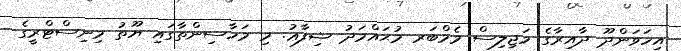
އިހަވަންދޫ ދާއިރާގެ މަޖިލިސް މެމްބަރ މުޙައްމަދު ޝިފާޢު. މި މަހާސިންތާގައި ޔޫތު މިނިސްޓްރީގެ